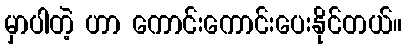
မှာပါတဲ့ ဟာ ကောင်းကောင်းပေးနိုင်တယ်။